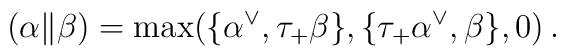
(\alpha \| \beta) = \max(\{\alpha^\vee, \tau_+ \beta\},\{\tau_+ \alpha^\vee, \beta\}, 0)\,.